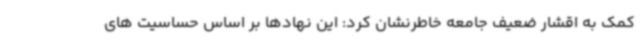
کمک به اقشار ضعیف جامعه خاطرنشان کرد: این نهادها بر اساس حساسیت های